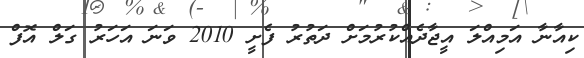
ކިއާނާ އަމިއްލަ އީޖާދެއްކުރުމަށް ދަތުރު ފެށީ 2010 ވަނަ އަހަރު ގަލް އޮފް